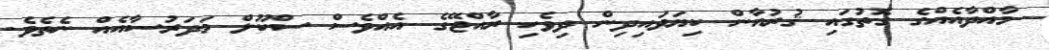
މާއްދާއެއްގެ ގޮތުގައި ޤުރުއާން ކިޔަވައިދިން ދިވެހި ރާއްޖޭގެ އެއްވެސް ސްކޫލް މަދަރުސާއެއް ނެތެވެ.